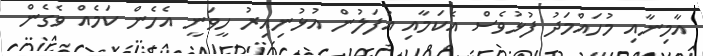
އާމިނާއި މުހައްމަދު ފުޅުވެސް އެކަމާއި އުފަލުން އުޅުނިއިރު ހީވަނީ އެހެން ކަމެއް ވެގެން